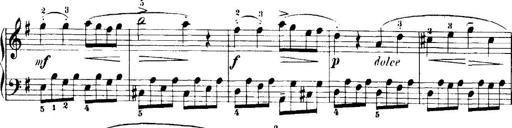
Title: 7 Sonatinas
Composer: Anton Diabelli